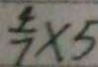
\frac { 4 } { 7 } \times 5